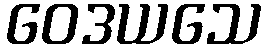
ဝေဒယသေ